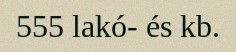
555 lakó- és kb.